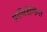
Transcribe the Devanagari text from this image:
प्राविडेंशिया